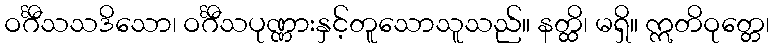
ဝင်္ဂီသသဒိသော၊ ဝင်္ဂီသပုဏ္ဏားနှင့်တူသောသူသည်။ နတ္ထိ၊ မရှိ။ ဣတိဝုတ္တေ၊